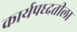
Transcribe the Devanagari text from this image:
कार्यपध्दतीला